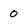
Character: o